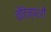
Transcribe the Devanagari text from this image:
कौंटेम्पररी